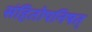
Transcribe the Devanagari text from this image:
संहितोपनिषत्